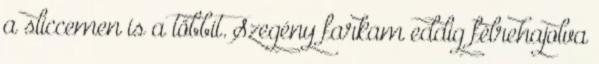
a sliccemen is a többit. Szegény farkam eddig félrehajolva